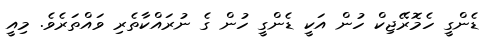
ޑެންގީ ހެމޮރޭޖިކް ހުން އަކީ ޑެންގީ ހުން ގެ ނުރައްކާތެރި ވައްތަރެވެ. މިއީ